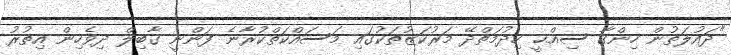
"ދައުލަތުން ހިންގާ ސިއްޙީ ހިދުމަތްދޭ މަރުކަޒުތަކުގައި މަސައްކަތްކުރާނެ ފަންނީ ގާބިލް ދިވެހިން އިތުރު